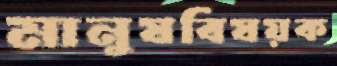
মানুষবিষয়ক